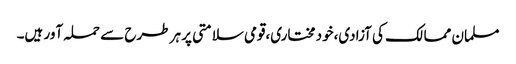
مسلمان ممالک کی آزادی،خود مختاری،قومی سلامتی پر ہر طرح سے حملہ آور ہیں۔